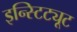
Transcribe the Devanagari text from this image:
इन्स्टिट्यूट